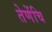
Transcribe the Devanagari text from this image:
तेणेंचि